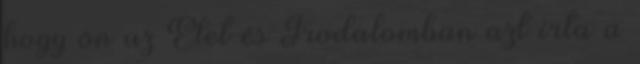
hogy ön az Élet és Irodalomban azt írta a